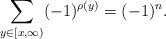
LaTeX: \begin{align*} \sum_{y\in [x, \infty)} (-1)^{\rho(y)} = (-1)^{n}.\end{align*}